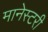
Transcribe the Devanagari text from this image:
मानेस्टरी